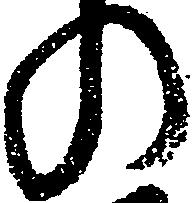
の